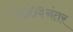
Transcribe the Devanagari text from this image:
२००३नंतर